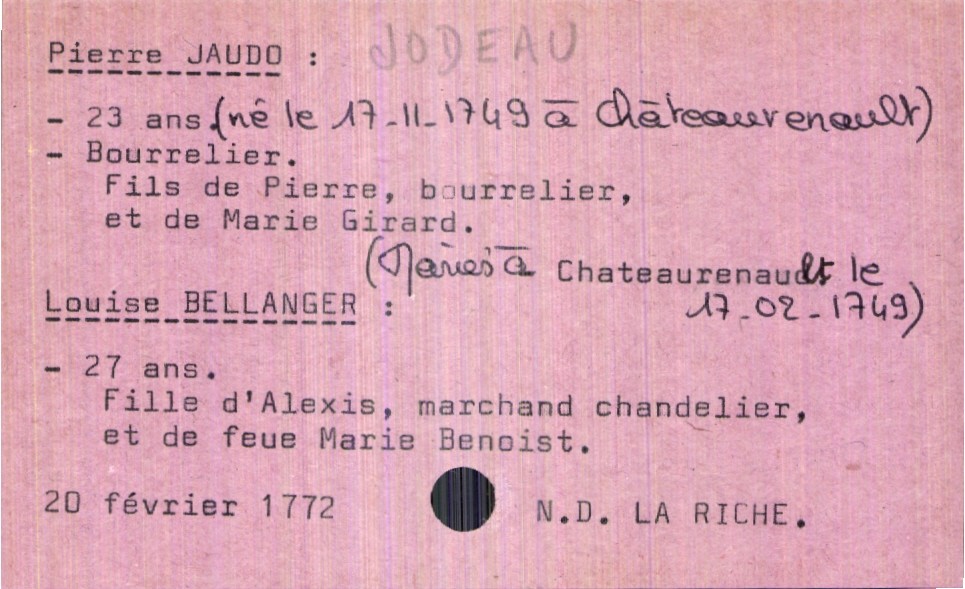
type_acte: Mariage
année: 1772
mois: février
jour: 20
paroisse: Notre Dame La Riche
marié_nom: Jaudo
marié_prénom: Pierre
marié_âge: 23 ans
marié_profession: bourrelier
marié_date_de_naissance: 17-11-1749
marié_lieu_de_naissance: Châteaurenault
père_marié_nom: Jaudo
père_marié_prénom: Pierre
père_marié_profession: bourrelier
mère_marié_nom: Girard
mère_marié_prénom: Marie
mariée_nom: Bellanger
mariée_prénom: Louise
mariée_âge: 27 ans
père_mariée_nom: Bellanger
père_mariée_prénom: Alexis
père_mariée_profession: marchand chandelier
père_mariée_statut: veuf
mère_mariée_nom: Benoist
mère_mariée_prénom: Marie
mère_mariée_statut: décédée